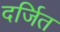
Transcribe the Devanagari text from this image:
दर्जित